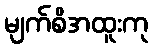
မျက်စိအထူးကု